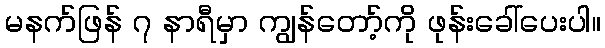
မနက်ဖြန် ၇ နာရီမှာ ကျွန်တော့်ကို ဖုန်းခေါ်ပေးပါ။